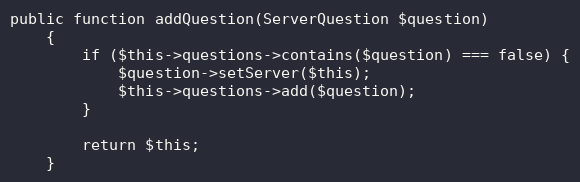
Language: PHP
public function addQuestion(ServerQuestion $question)
    {
        if ($this->questions->contains($question) === false) {
            $question->setServer($this);
            $this->questions->add($question);
        }

        return $this;
    }